system: You are a helpful assistant.
user:
Analyze the provided spectrum to determine if it is a **S-type Star**.

- **Key Indicators for S-type Star:**

    - **(Overall Spectrum Shape):** The first and most obvious characteristic is the overall continuum (the "baseline" shape). It is **extremely "red-sloping,"** meaning the flux (light intensity) is very low on the left side (blue, ~4000-4500 Å) and rises steeply and continuously toward the right side (red, ~7000 Å+).

    - **(Primary):** The spectrum is defined by the presence of strong, broad molecular absorption "valleys" (bands) from **Zirconium Oxide (ZrO)**. The identification of these bands is the **primary requirement** for classifying a star as S-type.
        - **(Key Bandheads):** You must find distinct, deep "dips" where the light has been absorbed. The most critical band systems to locate are:
            - **~6474 Å** ($\gamma$-system): This is often the strongest and clearest ZrO feature, found in the red part of the spectrum.
            - **~5718 Å** & **~5551 Å** ($\beta$-system): A pair of prominent absorption features in the yellow-orange part of the spectrum.
            - **~4640 Å** ($\alpha$-system): A key absorption band system in the blue-green region of the spectrum.

    - **(Secondary Confirmation):** The classification is strengthened by finding additional absorption bands from other related heavy element oxides, which are expected to be present alongside ZrO.
        - **(Key Bandheads):**
            - **Yttrium Oxide (YO):** Look for absorption dips near **~4800 Å** and **~6100 Å**.
            - **Lanthanum Oxide (LaO):** Additional absorption features, particularly in the red-orange part of the spectrum, are also characteristic.

    - **(Line Profile):** The combination of the steep red continuum and these numerous, deep molecular bands (ZrO, YO, etc.) gives the entire spectrum a very **"chopped-up"** or **"bumpy"** appearance. Instead of a smooth curve, the spectrum looks as though large, wide chunks of light have been "carved out" of it at the specific wavelengths listed above.

Think first, call **spectral_visualization_tool** if needed to examine features in detail, then provide your final answer. Your response must adhere to the following strict rules:
1.  **Overall Structure:** Your response must follow the format `<think>...</think> <tool_call>...</tool_call> (if a tool is used) <answer>...</answer>`.
2.  **Tool Usage Constraint:** You may only make **one** tool call per turn.
3.  **Final Answer Format:** In the `<answer>` tag, your conclusion must be inside a `\boxed{}` command (e.g., `\boxed{YES}` or `\boxed{NO}`), followed by your justification.

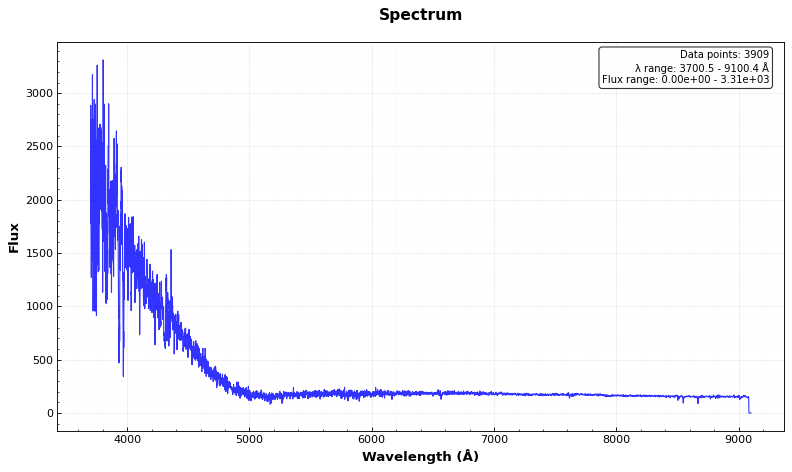
Answer: NO